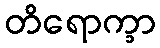
တိရောက္ခာ